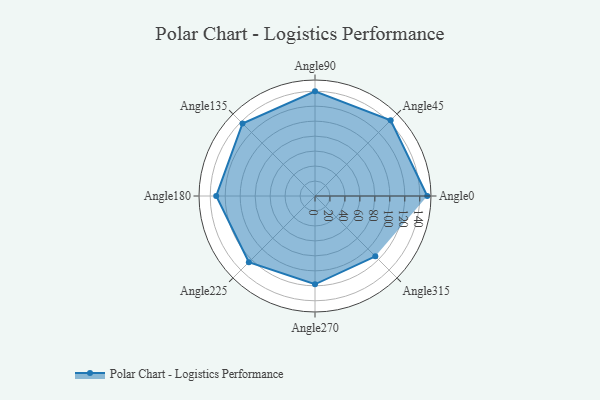
{"axis": {"x": "Angle", "y": "Radius"}, "legend": [""], "data": [{"x": "Angle0", "y": 150.0, "type": ""}, {"x": "Angle45", "y": 143.0, "type": ""}, {"x": "Angle90", "y": 140.0, "type": ""}, {"x": "Angle135", "y": 137.0, "type": ""}, {"x": "Angle180", "y": 132.0, "type": ""}, {"x": "Angle225", "y": 125.0, "type": ""}, {"x": "Angle270", "y": 118.0, "type": ""}, {"x": "Angle315", "y": 114.0, "type": ""}]}